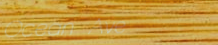
Ocean Ave